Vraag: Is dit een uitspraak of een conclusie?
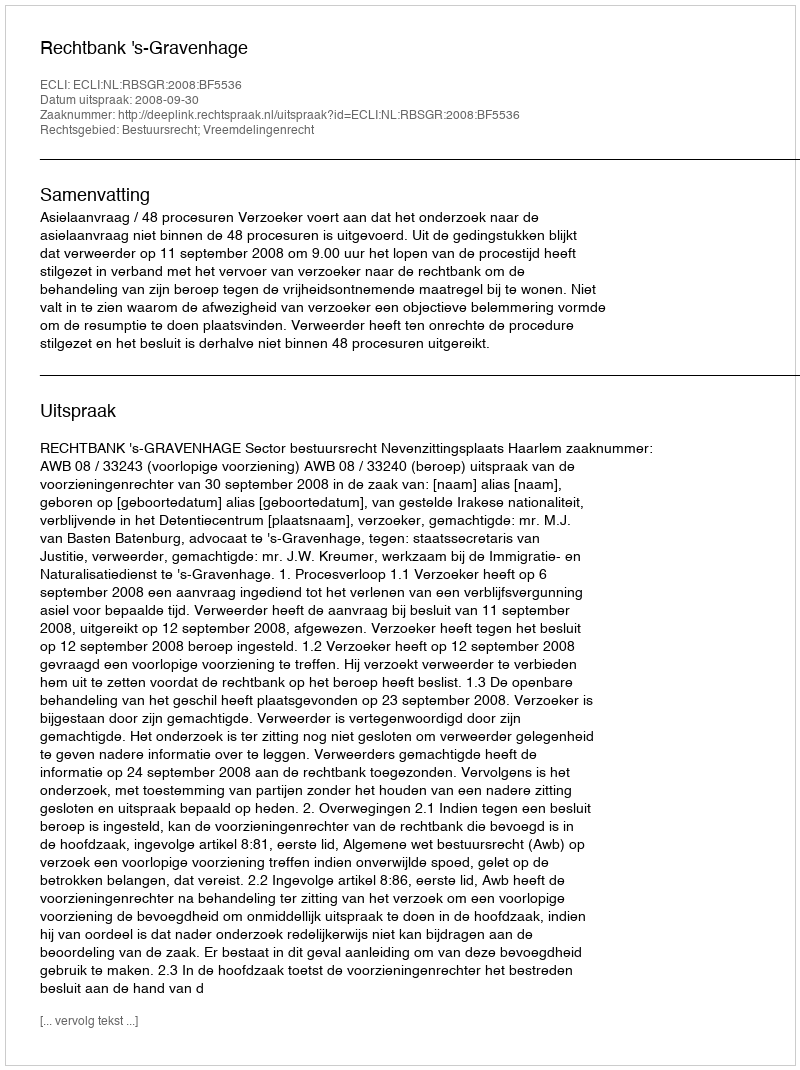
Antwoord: Uitspraak